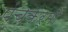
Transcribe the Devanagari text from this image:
पंचकर्मों